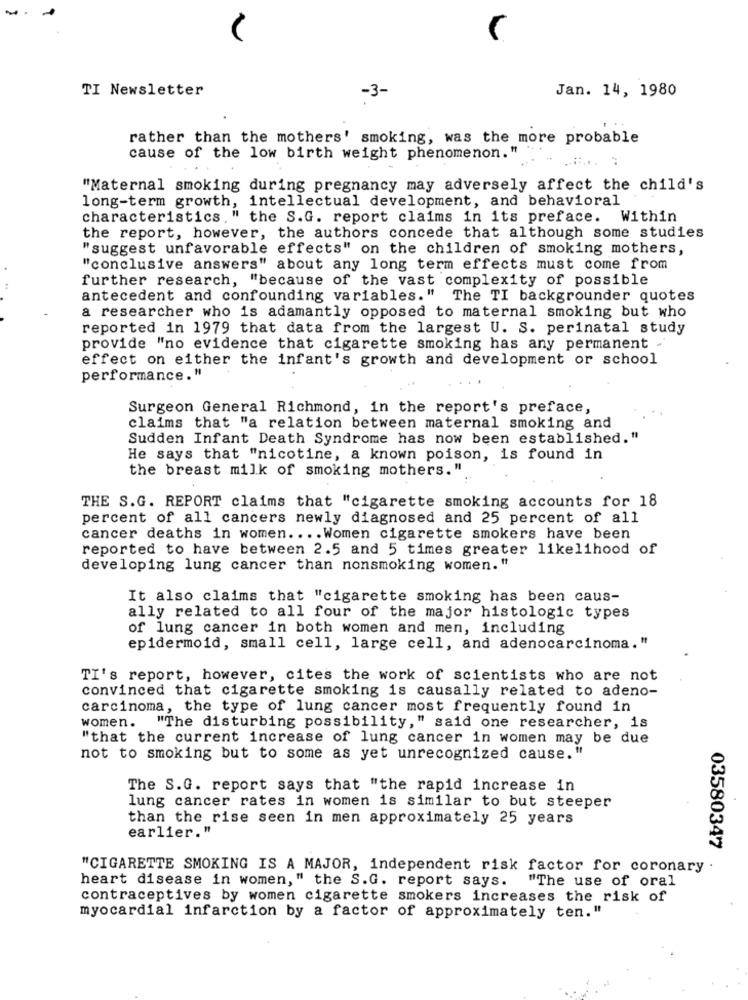
TI Newsletter
-3-
Jan. 14, 1980
rather than the mothers' smoking, was the more probable
cause of the low birth weight phenomenon."
"Maternal smoking during pregnancy may adversely affect the child's
long-term growth, intellectual development, and behavioral
characteristics, " the S.G. report claims in its preface.
Within
the report, however, the authors concede that although some studies
"suggest unfavorable effects" on the children of smoking mothers,
"conclusive answers" about any long term effects must come from
further research, "because of the vast complexity of possible
antecedent and confounding variables." The TI backgrounder quotes
a researcher who is adamantly opposed to maternal smoking but who
reported in 1979 that data from the largest U. S. perinatal study
provide "no evidence that cigarette smoking has any permanent .
effect on either the infant's growth and development or school
performance."
Surgeon General Richmond, in the report's preface,
claims that "a relation between maternal smoking and
Sudden Infant Death Syndrome has now been established."
He says that "nicotine, a known poison, is found in
the breast milk of smoking mothers."
THE S.G. REPORT claims that "cigarette smoking accounts for 18
percent of all cancers newly diagnosed and 25 percent of all
cancer deaths in women .... Women cigarette smokers have been
reported to have between 2.5 and 5 times greater likelihood of
developing lung cancer than nonsmoking women."
It also claims that "cigarette smoking has been caus-
ally related to all four of the major histologic types
of lung cancer in both women and men, including
epidermoid, small cell, large cell, and adenocarcinoma."
TI's report, however, cites the work of scientists who are not
convinced that cigarette smoking is causally related to adeno-
carcinoma, the type of lung cancer most frequently found in
women. "The disturbing possibility," said one researcher, is
"that the current increase of lung cancer in women may be due
not to smoking but to some as yet unrecognized cause."
The S.G. report says that "the rapid increase in
lung cancer rates in women is similar to but steeper
than the rise seen in men approximately 25 years
earlier."
03580347
"CIGARETTE SMOKING IS A MAJOR, independent risk factor for coronary
heart disease in women," the S.G. report says. "The use of oral
contraceptives by women cigarette smokers increases the risk of
myocardial infarction by a factor of approximately ten."